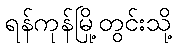
ရန်ကုန်မြို့တွင်းသို့